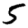
Digit: 5